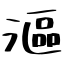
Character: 漚